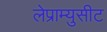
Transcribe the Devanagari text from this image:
लेप्राम्युसीट